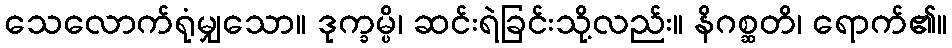
သေလောက်ရုံမျှသော။ ဒုက္ခမ္ပိ၊ ဆင်းရဲခြင်းသို့လည်း။ နိဂစ္ဆတိ၊ ရောက်၏။